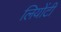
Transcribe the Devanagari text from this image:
लियोंटी